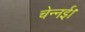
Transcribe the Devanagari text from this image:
चेन्नई।